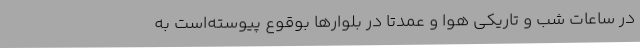
در ساعات شب و تاریکی هوا و عمدتاً در بلوارها بوقوع پیوسته‌است به